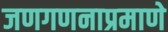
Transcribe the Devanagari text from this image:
जणगणनाप्रमाणे